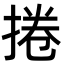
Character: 捲